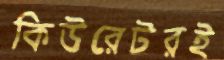
কিউরেটরই